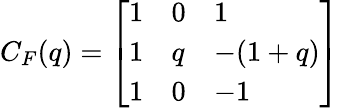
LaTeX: C_{F}(q)=\left[\begin{array}{lll}{{1}}&{{0}}&{{1}}\\ {{1}}&{{q}}&{{-(1+q)}}\\ {{1}}&{{0}}&{{-1}}\end{array}\right]